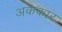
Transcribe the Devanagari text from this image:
अकंकार